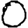
Digit: 0